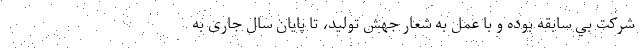
شركت بي سابقه بوده و با عمل به شعار جهش تولید، تا پايان سال جاری به